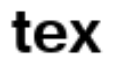
tex